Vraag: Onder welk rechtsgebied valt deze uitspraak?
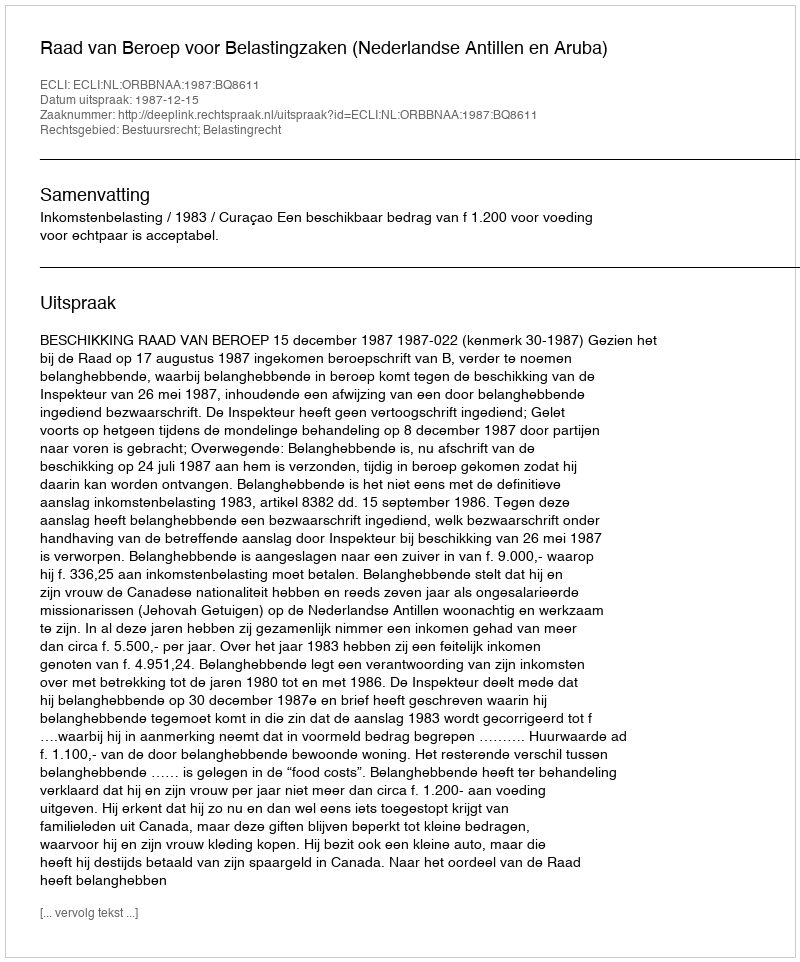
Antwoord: Bestuursrecht; Belastingrecht